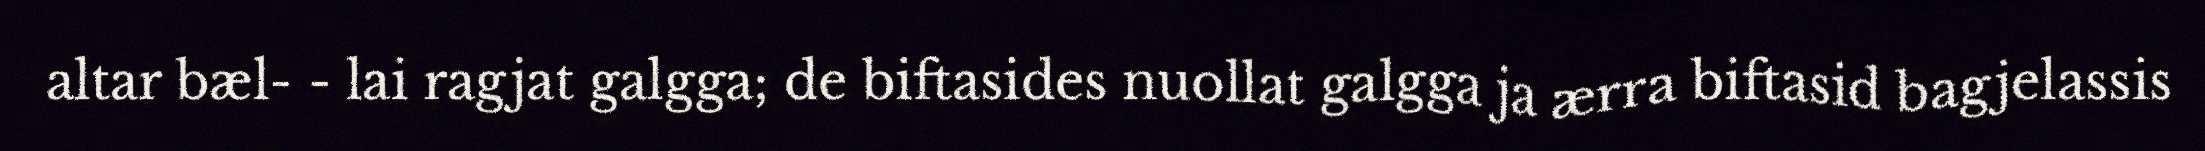
altar bæl- - lai ragjat galgga; de biftasides nuollat galgga ja ærra biftasid bagjelassis